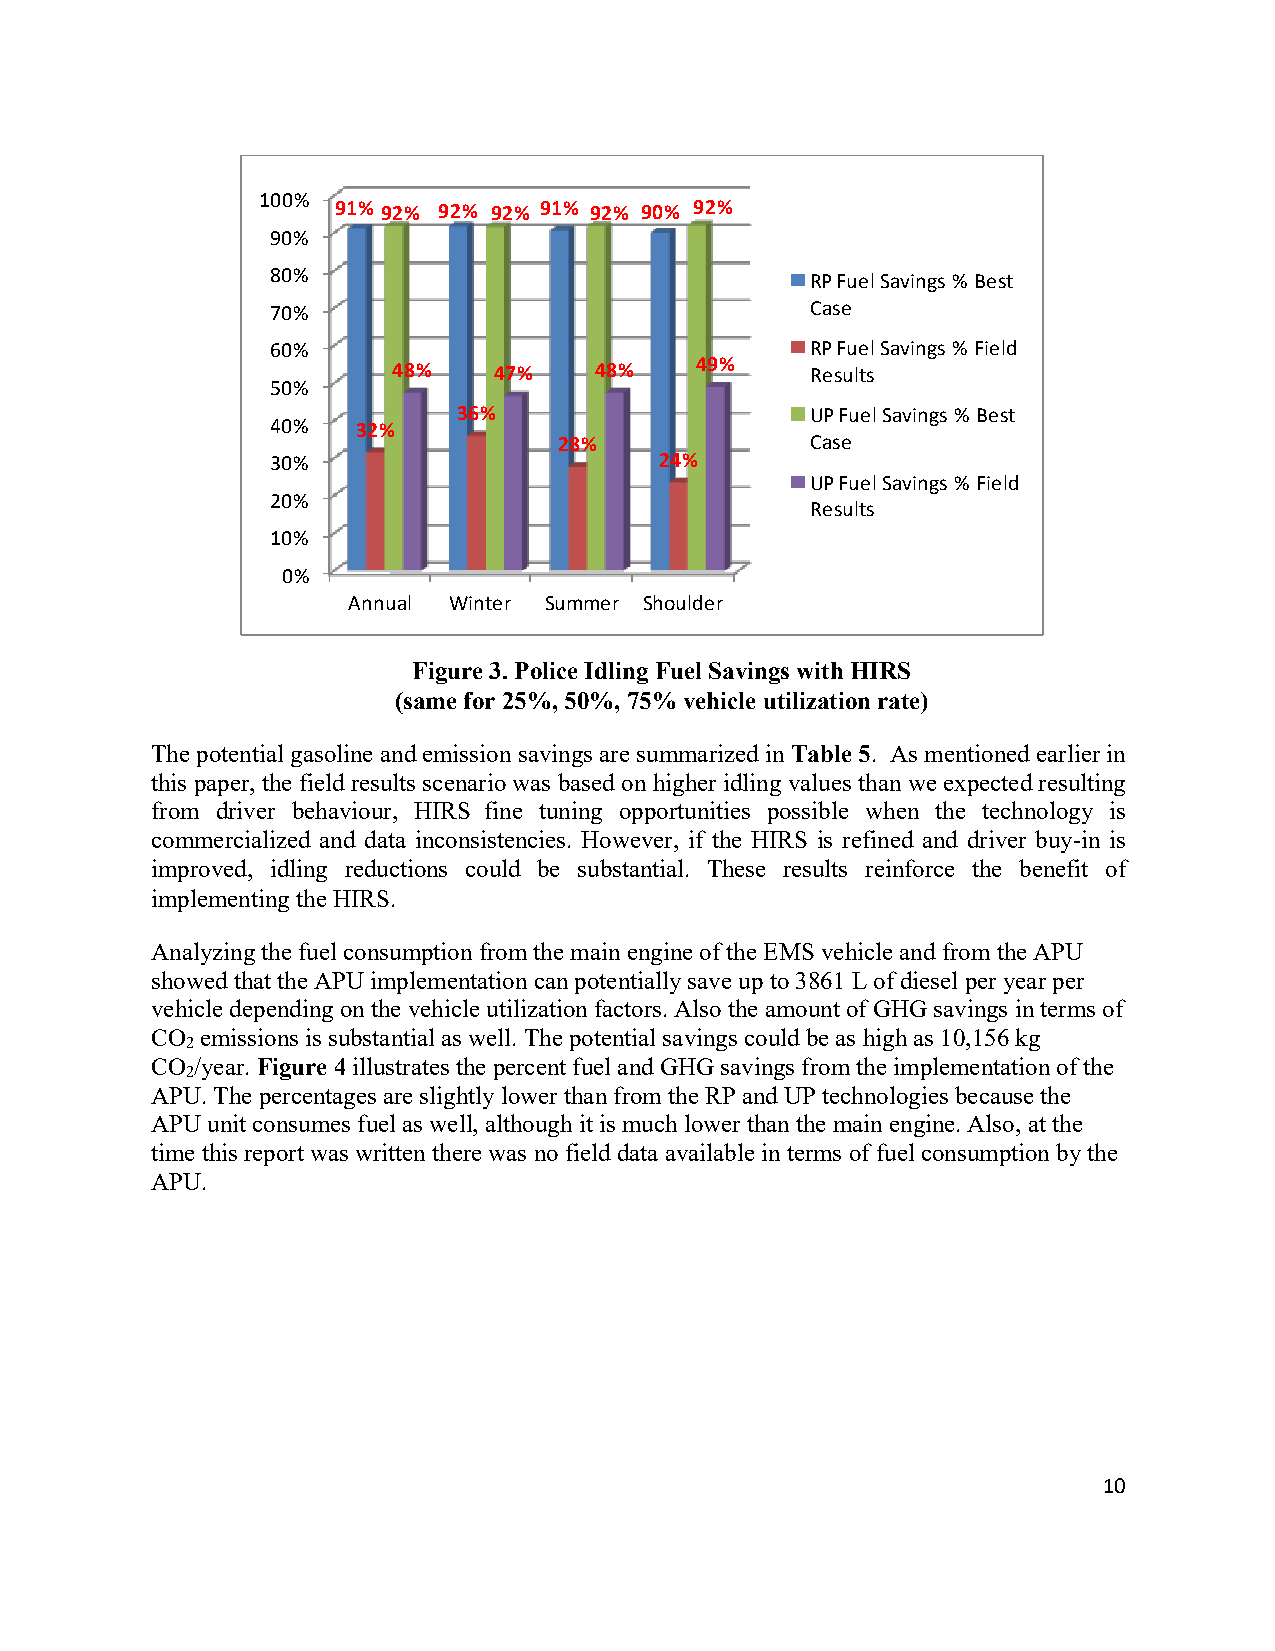
100%
 91% 92% 92% 92% 91% 92% 90% 92%
 90%
 80%                                 RP Fuel Savings % Best
 70%                                 Case
 60%                                 RP Fuel Savings % Field
 49%
 48%    47%   48%            Results
 50%
 36%                     UP Fuel Savings % Best
 40%   32%
 28%              Case
 30%                       24%
 UP Fuel Savings % Field
 20%
 Results
 10%
 0%
 Annual Winter Summer Shoulder
 Figure 3. Police Idling Fuel Savings with HIRS
 (same for 25%, 50%, 75% vehicle utilization rate)
 The potential gasoline and emission savings are summarized in Table 5. As mentioned earlier in
 this paper, the field results scenario was based on higher idling values than we expected resulting
 from driver behaviour, HIRS fine tuning opportunities possible when the technology is
 commercialized and data inconsistencies. However, if the HIRS is refined and driver buy-in is
 improved, idling reductions could be substantial. These results reinforce the benefit of
 implementing the HIRS.
 Analyzing the fuel consumption from the main engine of the EMS vehicle and from the APU
 showed that the APU implementation can potentially save up to 3861 L of diesel per year per
 vehicle depending on the vehicle utilization factors. Also the amount of GHG savings in terms of
 CO emissions is substantial as well. The potential savings could be as high as 10,156 kg
 2
 CO /year. Figure 4 illustrates the percent fuel and GHG savings from the implementation of the
 2
 APU. The percentages are slightly lower than from the RP and UP technologies because the
 APU unit consumes fuel as well, although it is much lower than the main engine. Also, at the
 time this report was written there was no field data available in terms of fuel consumption by the
 APU.
 10